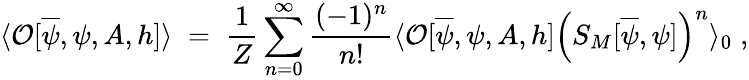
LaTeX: \langle{\cal O}[\overline{{{\psi}}},\psi,A,h]\rangle\; =\; \frac{1}{Z}\sum_{n=0}^{\infty}\frac{(-1)^{n}}{n!}\langle{\cal O}[\overline{{{\psi}}},\psi,A,h]\Big(S_{M}[\overline{{{\psi}}},\psi]\Big)^{n}\rangle_{0}\; ,